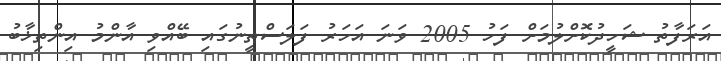
އަރަފާތު ޝަހީދުކޮށްލުމަށް ފަހު 2005 ވަނަ އަހަރު ފަލަސްޠީނުގައި ބޭއްވި އާންމު އިންތިޚާބު